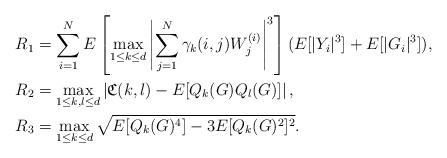
LaTeX: \begin{align*}R_{1}&=\sum_{i=1}^{N}E\left[\max_{1\leq k\leq d}\left|\sum_{j=1}^{N}\gamma_{k}(i,j)W^{(i)}_j\right|^3\right](E[|Y_i|^{3}]+E[|G_i|^3]),\\R_{2}&=\max_{1\leq k,l\leq d}\left|\mathfrak{C}(k,l)-E[Q_{k}(G)Q_{l}(G)]\right|,\\R_{3}&=\max_{1\leq k\leq d}\sqrt{E[Q_{k}(G)^4]-3E[Q_{k}(G)^2]^2}.\end{align*}